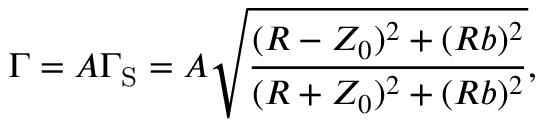
\Gamma = A \Gamma _ { \mathrm { S } } = A \sqrt { \frac { ( R - Z _ { 0 } ) ^ { 2 } + ( R b ) ^ { 2 } } { ( R + Z _ { 0 } ) ^ { 2 } + ( R b ) ^ { 2 } } } ,